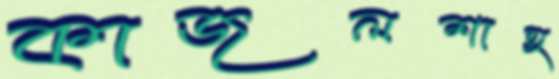
কাজলশাহ